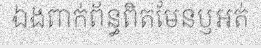
ឯងពាក់ព័ន្ធពិតមែនឫអត់